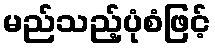
မည်သည့်ပုံစံဖြင့်